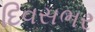
દિવસભર